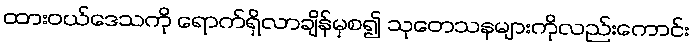
ထားဝယ်ဒေသကို ရောက်ရှိလာချိန်မှစ၍ သုတေသနများကိုလည်းကောင်း